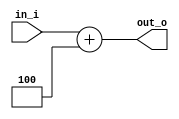
`timescale 1ns / 1ps

module pc_adder(
    input [31:0]in_i,
    output [31:0]out_o
    );
    
    assign #0.1 out_o = in_i + 32'd4;
    
endmodule